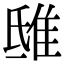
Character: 𨾦